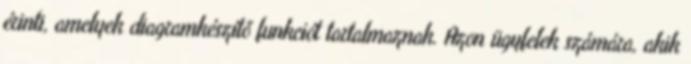
érinti, amelyek diagramkészítő funkciót tartalmaznak. Azon ügyfelek számára, akik